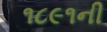
૧૮૯૧ની